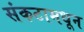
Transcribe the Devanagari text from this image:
संकटामधून